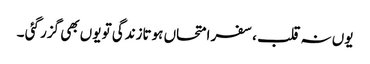
یوں نہ قلب ،سفر امتحاں ہوتازندگی تو یوں بھی گزر گئی ۔